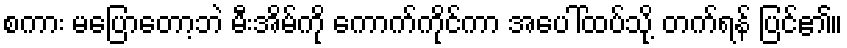
စကား မပြောတော့ဘဲ မီးအိမ်ကို ကောက်ကိုင်ကာ အပေါ်ထပ်သို့ တက်ရန် ပြင်၏။